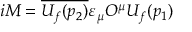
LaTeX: i { \cal M } = \overline { { { U _ { f } ( p _ { 2 } ) } } } \varepsilon _ { \mu } { \cal O } ^ { \mu } U _ { f } ( p _ { 1 } )